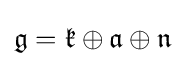
{\mathfrak {g}}={\mathfrak {k}}\oplus {\mathfrak {a}}\oplus {\mathfrak {n}}